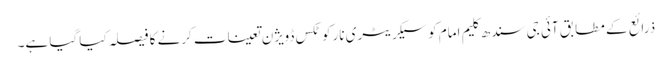
ذرائع کے مطابق آئی جی سندھ کلیم امام کو سیکریٹری نارکوٹکس ڈویژن تعینات کرنے کا فیصلہ کیا گیا ہے۔